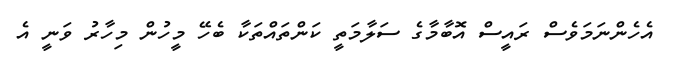
އެހެންނަމަވެސް ރައީސް އޮބާމާގެ ސަލާމަތީ ކަންތައްތަކާ ބެހޭ މީހުން މިހާރު ވަނީ އެ